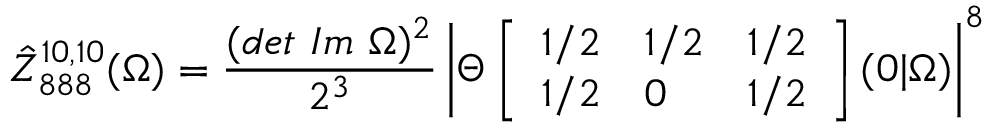
\hat { Z } _ { 8 8 8 } ^ { 1 0 , 1 0 } ( \Omega ) = \frac { ( d e t \ I m \ \Omega ) ^ { 2 } } { 2 ^ { 3 } } \left| \Theta \left[ \begin{array} { l l l } { { 1 / 2 } } & { { 1 / 2 } } & { { 1 / 2 } } \\ { { 1 / 2 } } & { { 0 } } & { { 1 / 2 } } \end{array} \right] ( 0 \vert \Omega ) \right| ^ { 8 }